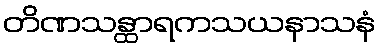
တိဏသန္ထာရကသယနာသနံ